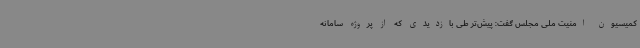
کمیسیون امنیت ملی مجلس گفت: پیش‌تر طی بازدیدی که از پروژه سامانه